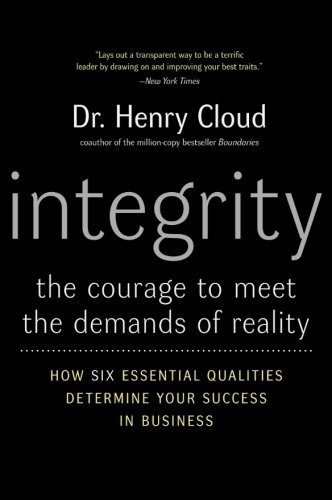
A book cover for Integrity: The Courage to Meet the Demands of Reality; Henry Cloud; Health, Fitness & Dieting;